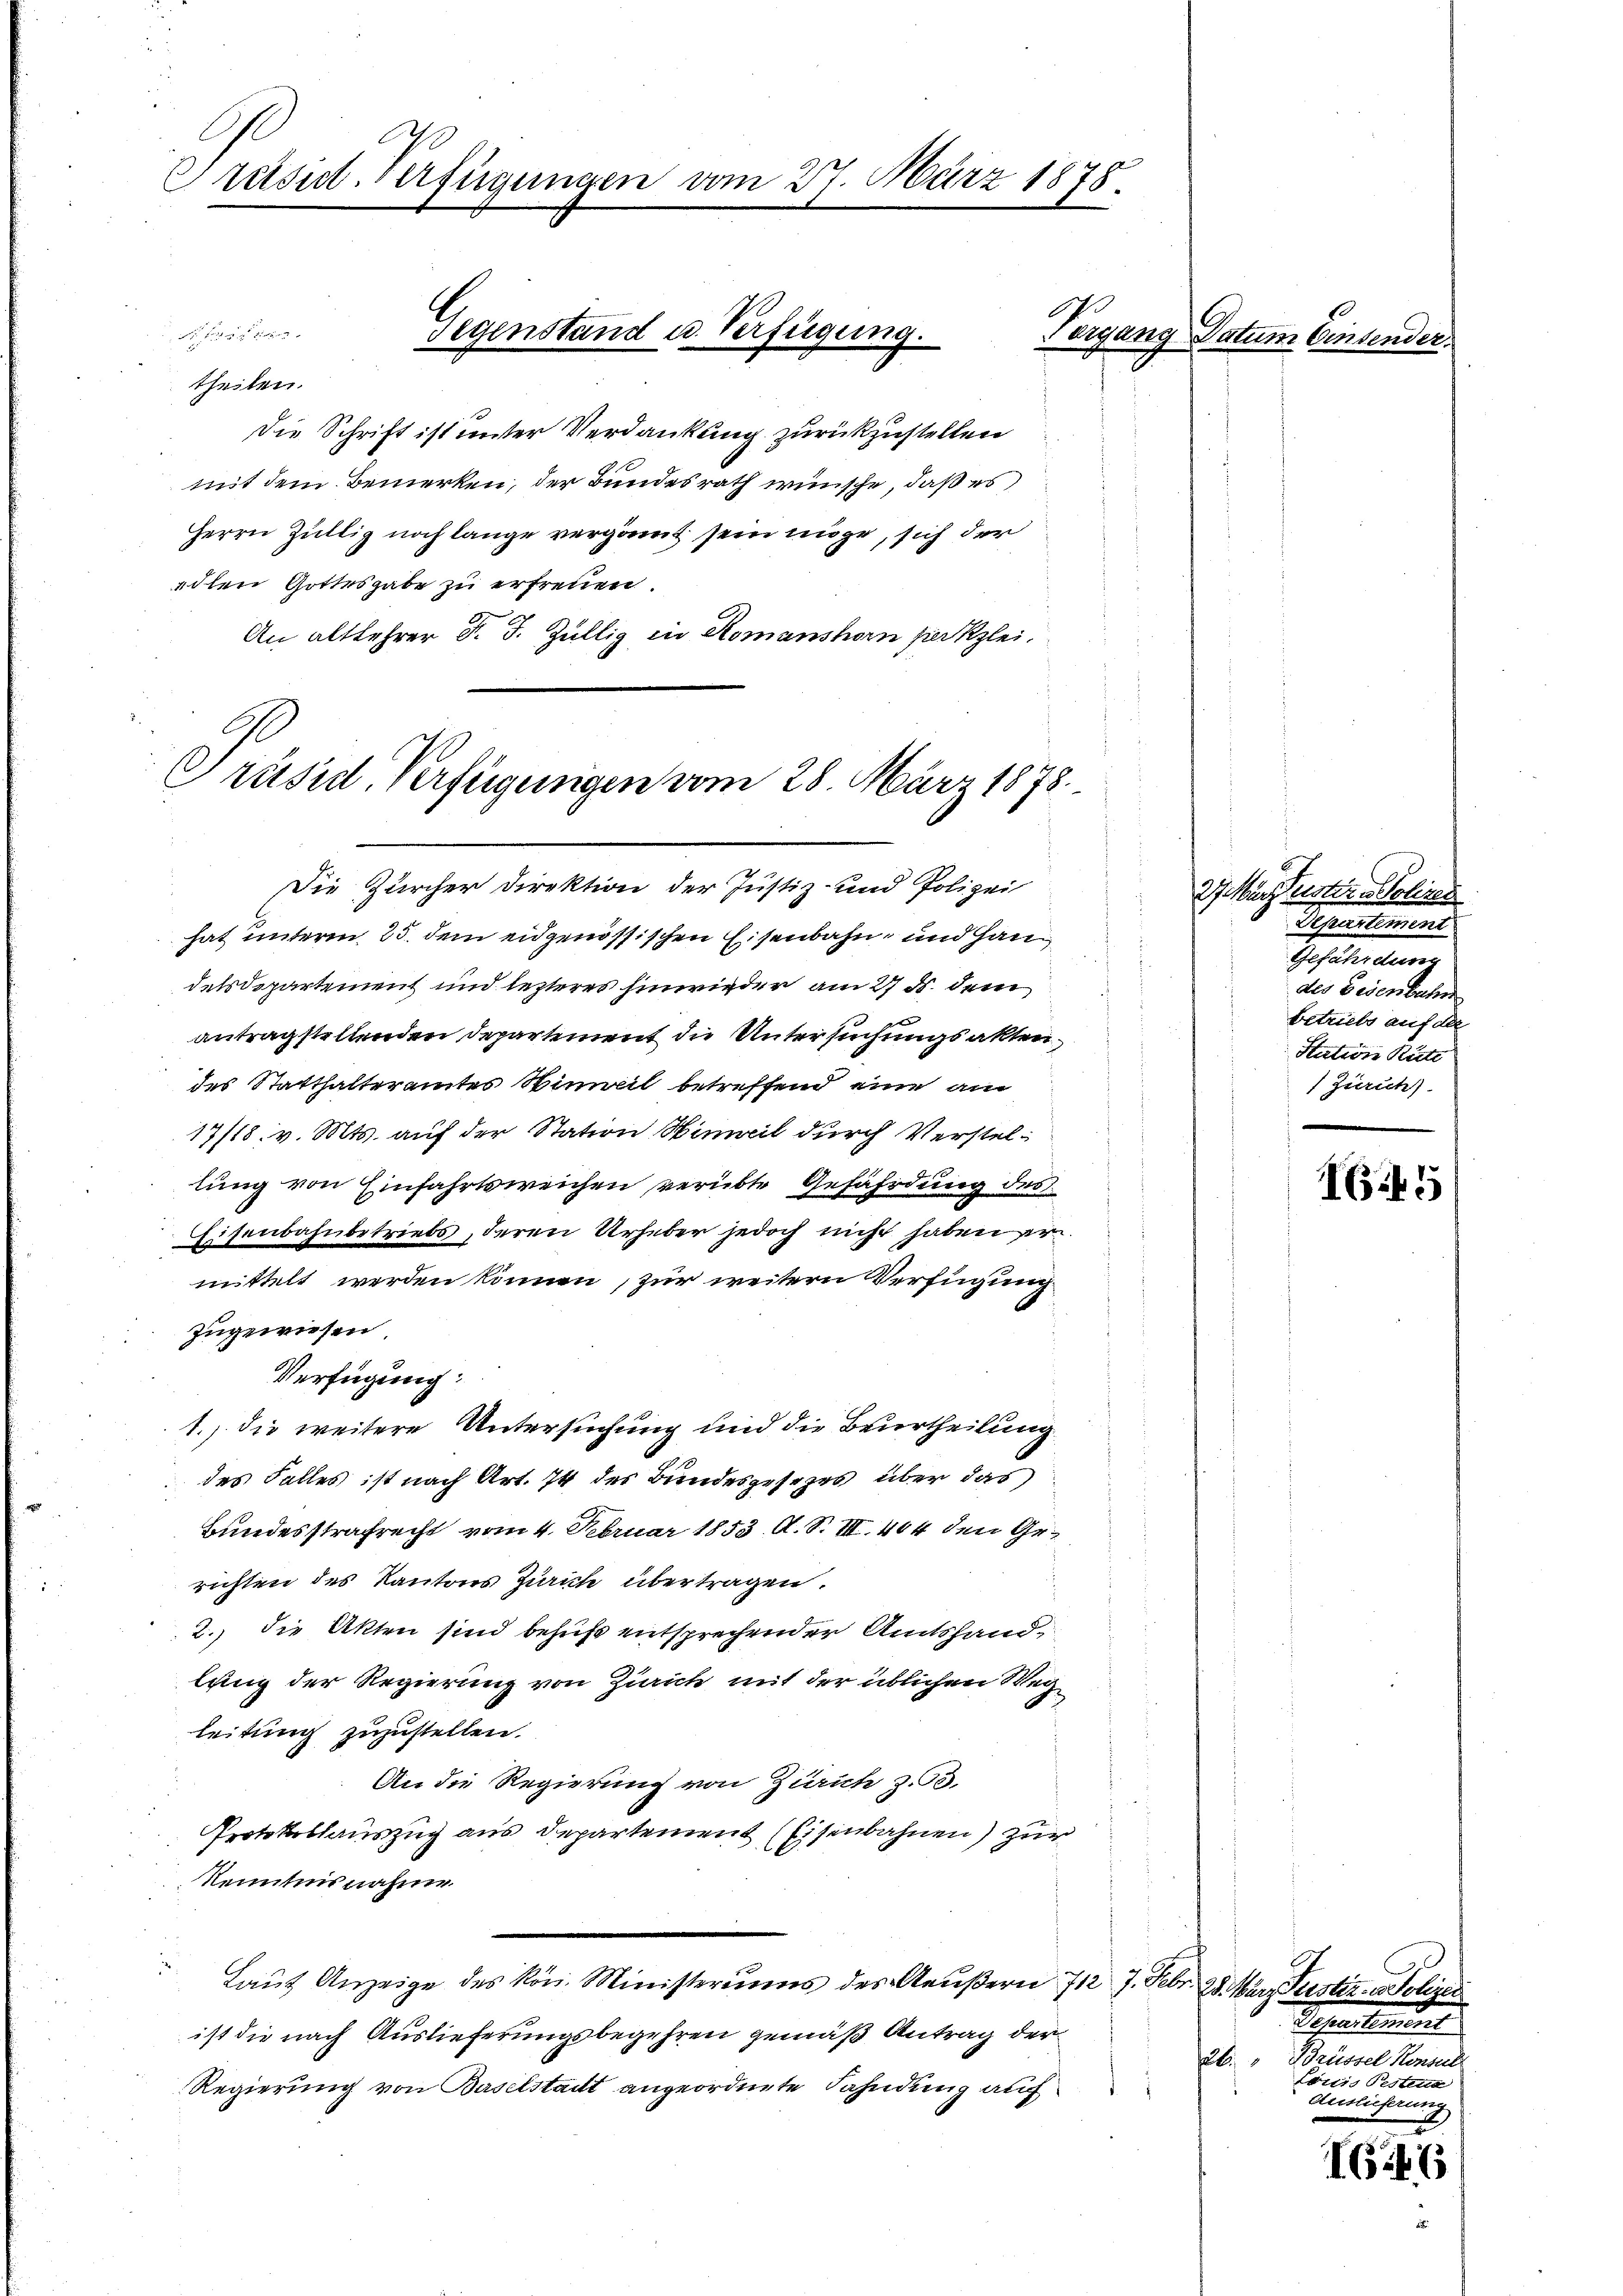
Präsidt-Verfügungen vom 27. März 1878.

theilen.
Die Schrift ist unter Verdankung zurückzustellen
mit dem Bemerken, der Bundesrath wünsche, daß es
Herrn Zülliz noch lange vergönnt sein möge, sich der
edlen Gottesgabe zu erfreuen.
An altlehrer Dr. J. Züllig in Romanshorn perkzlei.

Gegenstand u. Verfügung.

Präsid. Verfügungen vom 28. März 1878

1., die weitere Untersuchung und die Beurtheilung

Die Zürcher Direktion der Justiz- und Polizei
hat unterm 25. dem eidgenössischen Eisenbahn- und Hau
delsdepartement und lezteres Einwieder am 27. ds. dem
antragstellenden Departement die Untersuchungsaktendes Statthalteramtes Hinweil betreffend eine am
17/18. v. Mts. auf der Station Hinweil durch Verstellung von Einfahrtsweichen verübte Gefährdung des
Eisenbahnbetriebs, deren Urheber jedoch nicht haben er
mittelt werden können, zur weitern Verfügung
zugewiesen
Verfügung:
des Falles ist nach Art. 74 des Bundesgesezes über das
Bundesstrafrecht vom 4. Februar 1853. A. S. III. 404 den Gerichten des Kantons Zürich übertragen.
2.) die Akten sind behufs entsprechender Amtshandlung der Regierung von Zürich mit der üblichen Weg
leitung zuzustellen.
An die Regierung von Zürich z. 93.
Protokollauszug aus Departement (Eisenbahnen) zur
Kenntnisnahme.
Laŭt Anzeige des kön. Ministeriums des Aeußern 712. 7. Febr. 28. März Justiz- & Polizer
ist die nach Auslieferungsbegehren gemäß Antrag der
Regierung von Baselstadt angeordnete Fahndung auf

¬

Pergang Datum Ein

27. März erster in Schied
Schneten
Geset
der Bedenen
betriebs auf der
Station Räte
 Zürich

1645

Schreitigent
2t. " Brüssel Konsul
Lönis Pesten
Auslieferung

16